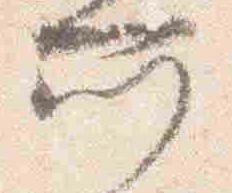
所